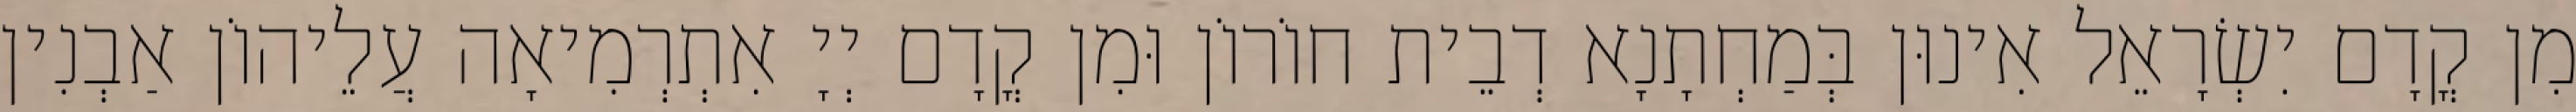
מִן קֳדָם יִשְׂרָאֵל אִינוּן בְּמַחְתָנָא דְבֵית חוֹרוֹן וּמִן קֳדָם יְיָ אִתְרְמִיאָה עֲלֵיהוֹן אַבְנִין